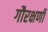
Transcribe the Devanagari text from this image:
गौरक्षणी